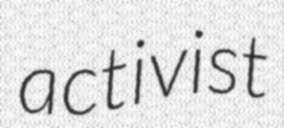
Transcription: activist